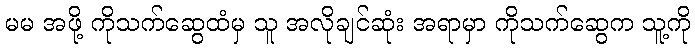
မမ အဖို့ ကိုသက်ဆွေထံမှ သူ အလိုချင်ဆုံး အရာမှာ ကိုသက်ဆွေက သူ့ကို